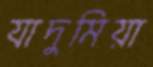
যাদুমিয়া